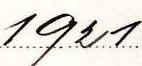
1921